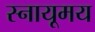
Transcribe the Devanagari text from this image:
स्नायूमय